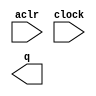
// This program was cloned from: https://github.com/Waikebber/PWM-Robotic-Arm
// License: MIT License

// megafunction wizard: %LPM_COUNTER%VBB%
// GENERATION: STANDARD
// VERSION: WM1.0
// MODULE: LPM_COUNTER 

// ============================================================
// Megafunction Name(s):
// 			LPM_COUNTER
//
// Simulation Library Files(s):
// 			lpm
// ============================================================
// ************************************************************
// THIS IS A WIZARD-GENERATED FILE. DO NOT EDIT THIS FILE!
//
// 18.1.0 Build 625 09/12/2018 SJ Lite Edition
// ************************************************************

//Copyright (C) 2018  Intel Corporation. All rights reserved.
//Your use of Intel Corporation's design tools, logic functions 
//and other software and tools, and its AMPP partner logic 
//functions, and any output files from any of the foregoing 
//(including device programming or simulation files), and any 
//associated documentation or information are expressly subject 
//to the terms and conditions of the Intel Program License 
//Subscription Agreement, the Intel Quartus Prime License Agreement,
//the Intel FPGA IP License Agreement, or other applicable license
//agreement, including, without limitation, that your use is for
//the sole purpose of programming logic devices manufactured by
//Intel and sold by Intel or its authorized distributors.  Please
//refer to the applicable agreement for further details.

module cnt_eight (
	aclr,
	clock,
	q);

	input	  aclr;
	input	  clock;
	output	[29:0]  q;

endmodule

// ============================================================
// CNX file retrieval info
// ============================================================
// Retrieval info: PRIVATE: ACLR NUMERIC "1"
// Retrieval info: PRIVATE: ALOAD NUMERIC "0"
// Retrieval info: PRIVATE: ASET NUMERIC "0"
// Retrieval info: PRIVATE: ASET_ALL1 NUMERIC "1"
// Retrieval info: PRIVATE: CLK_EN NUMERIC "0"
// Retrieval info: PRIVATE: CNT_EN NUMERIC "0"
// Retrieval info: PRIVATE: CarryIn NUMERIC "0"
// Retrieval info: PRIVATE: CarryOut NUMERIC "0"
// Retrieval info: PRIVATE: Direction NUMERIC "0"
// Retrieval info: PRIVATE: INTENDED_DEVICE_FAMILY STRING "Cyclone V"
// Retrieval info: PRIVATE: ModulusCounter NUMERIC "1"
// Retrieval info: PRIVATE: ModulusValue NUMERIC "500000000"
// Retrieval info: PRIVATE: SCLR NUMERIC "0"
// Retrieval info: PRIVATE: SLOAD NUMERIC "0"
// Retrieval info: PRIVATE: SSET NUMERIC "0"
// Retrieval info: PRIVATE: SSET_ALL1 NUMERIC "1"
// Retrieval info: PRIVATE: SYNTH_WRAPPER_GEN_POSTFIX STRING "0"
// Retrieval info: PRIVATE: nBit NUMERIC "30"
// Retrieval info: PRIVATE: new_diagram STRING "1"
// Retrieval info: LIBRARY: lpm lpm.lpm_components.all
// Retrieval info: CONSTANT: LPM_DIRECTION STRING "UP"
// Retrieval info: CONSTANT: LPM_MODULUS NUMERIC "500000000"
// Retrieval info: CONSTANT: LPM_PORT_UPDOWN STRING "PORT_UNUSED"
// Retrieval info: CONSTANT: LPM_TYPE STRING "LPM_COUNTER"
// Retrieval info: CONSTANT: LPM_WIDTH NUMERIC "30"
// Retrieval info: USED_PORT: aclr 0 0 0 0 INPUT NODEFVAL "aclr"
// Retrieval info: USED_PORT: clock 0 0 0 0 INPUT NODEFVAL "clock"
// Retrieval info: USED_PORT: q 0 0 30 0 OUTPUT NODEFVAL "q[29..0]"
// Retrieval info: CONNECT: @aclr 0 0 0 0 aclr 0 0 0 0
// Retrieval info: CONNECT: @clock 0 0 0 0 clock 0 0 0 0
// Retrieval info: CONNECT: q 0 0 30 0 @q 0 0 30 0
// Retrieval info: GEN_FILE: TYPE_NORMAL cnt_eight.v TRUE
// Retrieval info: GEN_FILE: TYPE_NORMAL cnt_eight.inc TRUE
// Retrieval info: GEN_FILE: TYPE_NORMAL cnt_eight.cmp TRUE
// Retrieval info: GEN_FILE: TYPE_NORMAL cnt_eight.bsf TRUE
// Retrieval info: GEN_FILE: TYPE_NORMAL cnt_eight_inst.v TRUE
// Retrieval info: GEN_FILE: TYPE_NORMAL cnt_eight_bb.v TRUE
// Retrieval info: LIB_FILE: lpm